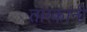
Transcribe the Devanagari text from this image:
तारकांनी